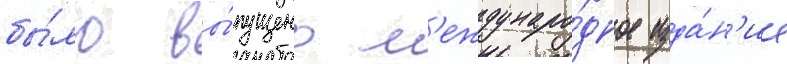
бы́ло вы́пущено м'еждунаро́дное изда́н'ие